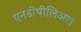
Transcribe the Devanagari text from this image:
एनडोथीलिअल